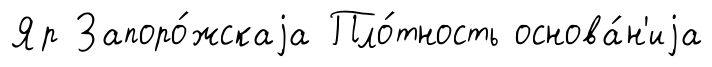
Яр Запоро́жскаjа Пло́тность основа́н'иjа